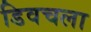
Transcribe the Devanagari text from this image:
डिवचला